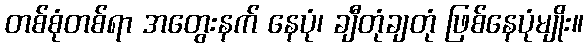
တစ်စုံတစ်ရာ အတွေးနက် နေပုံ၊ ချီတုံချတုံ ဖြစ်နေပုံမျိုး။